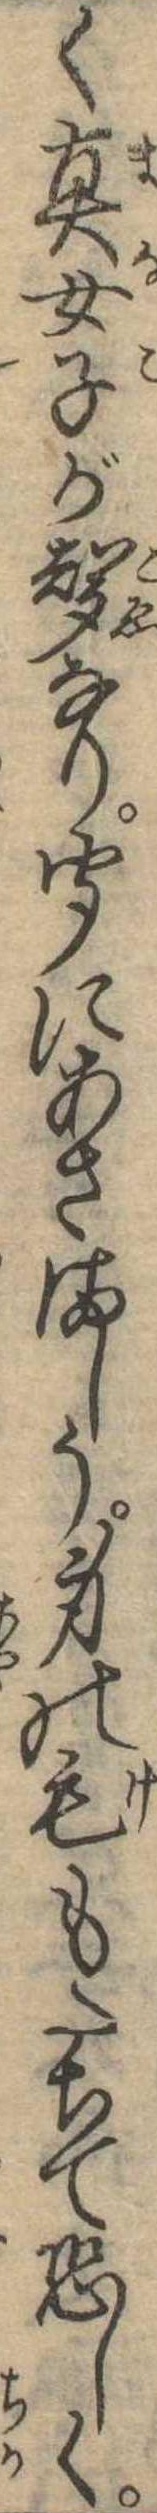
く真女子が声なり聞にあさましう身の毛もたちて恐しく